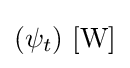
(\psi _{t})\ \mathrm {[W]}